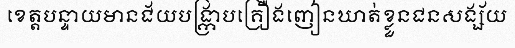
ខេត្តបន្ទាយមានជ័យបង្ក្រាបគ្រឿងញៀនឃាត់ខ្លួនជនសង្ស័យ